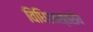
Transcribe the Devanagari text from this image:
विधिशास्तरीय